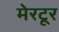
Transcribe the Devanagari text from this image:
मेरटूर